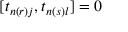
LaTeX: [ t _ { n ( r ) j } , t _ { n ( s ) l } ] = 0